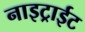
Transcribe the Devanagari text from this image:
नाइट्राईट